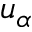
u _ { \alpha }